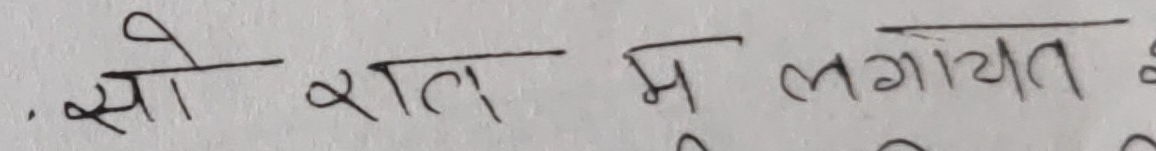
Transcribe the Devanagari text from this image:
सो रात म लगायत